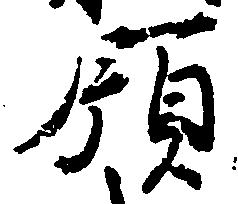
領